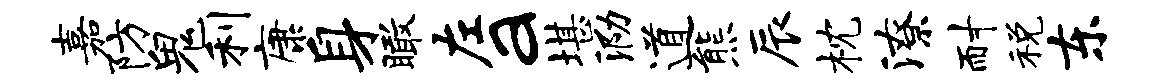
嘉防鬼利康身瞰左a堪泐道熊辰枕潦耐税东